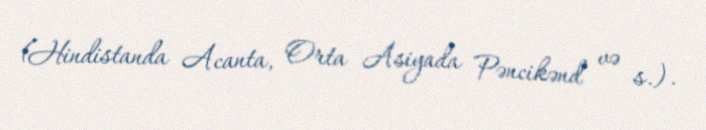
(Hindistanda Acanta, Orta Asiyada Pəncikənd və s.).